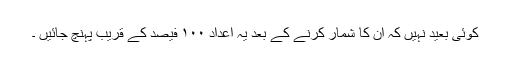
کوئی بعید نہیں کہ ان کا شمار کرنے کے بعد یہ اعداد ۱۰۰ فیصد کے قریب پہنچ جائیں ۔